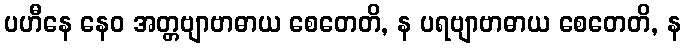
ပဟီနေ နေဝ အတ္တဗျာဗာဓာယ စေတေတိ, န ပရဗျာဗာဓာယ စေတေတိ, န